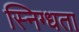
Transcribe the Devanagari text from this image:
स्निग्‍धता